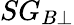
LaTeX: SG_{B\bot}